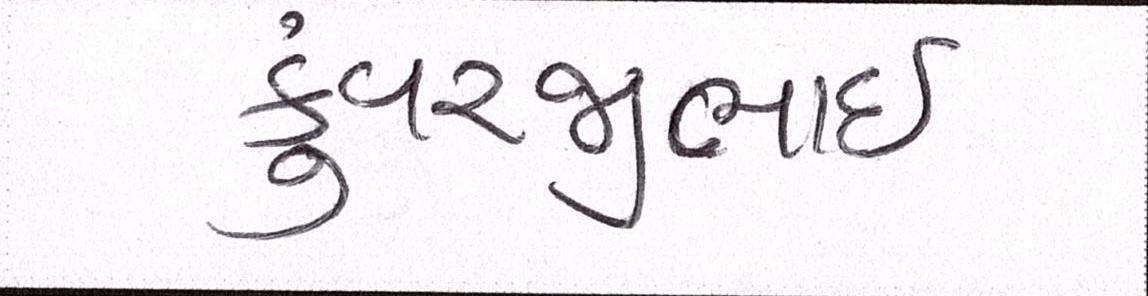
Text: કુંવરજીભાઈ